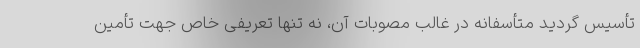
تأسیس گردید متأسفانه در غالب مصوبات آن، نه تنها تعریفی خاص جهت تأمین